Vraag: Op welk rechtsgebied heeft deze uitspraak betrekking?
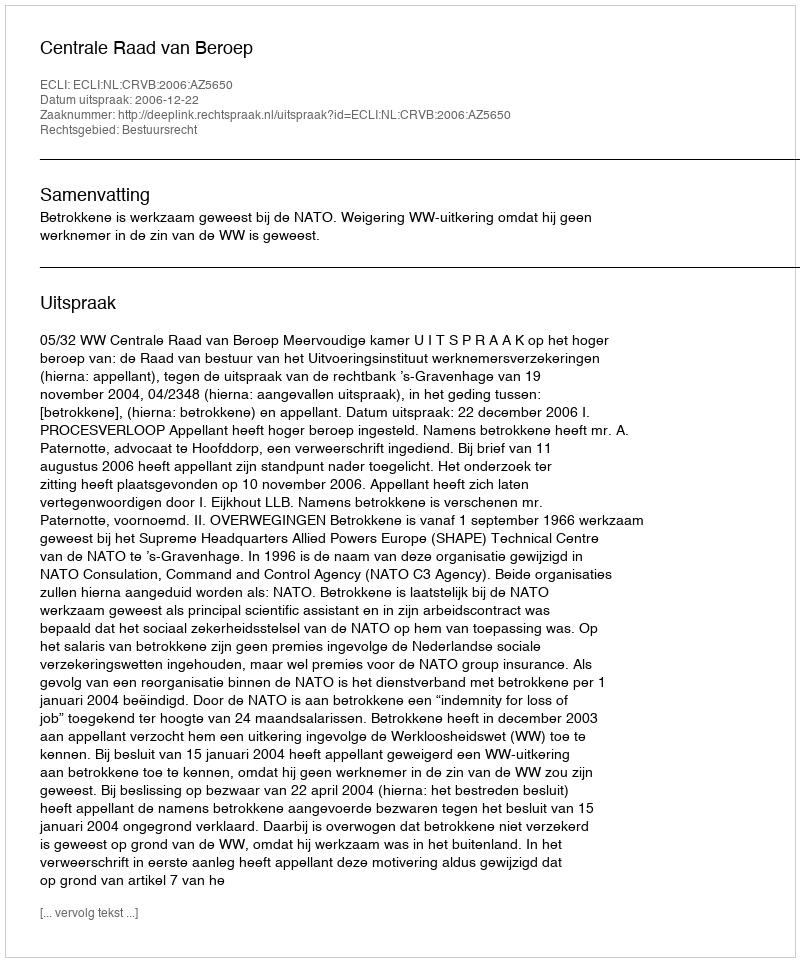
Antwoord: Bestuursrecht